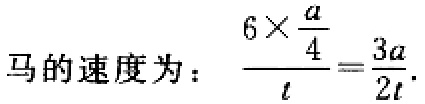
马的速度为：\(\frac{6\times\frac{a}{4}}{t}=\frac{3a}{2t}\)